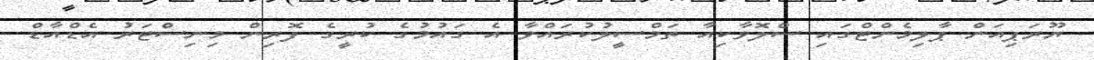
ޔޫރަޕިއަން ޕާލިމެންޓްގައި ސްލޮވާކިއާ ތަމްސީލުކުރައްވާ އެ ގައުމުގެ ކުރީގެ ފޮރިން މިނިސްޓަރު އެޑްއާޑް